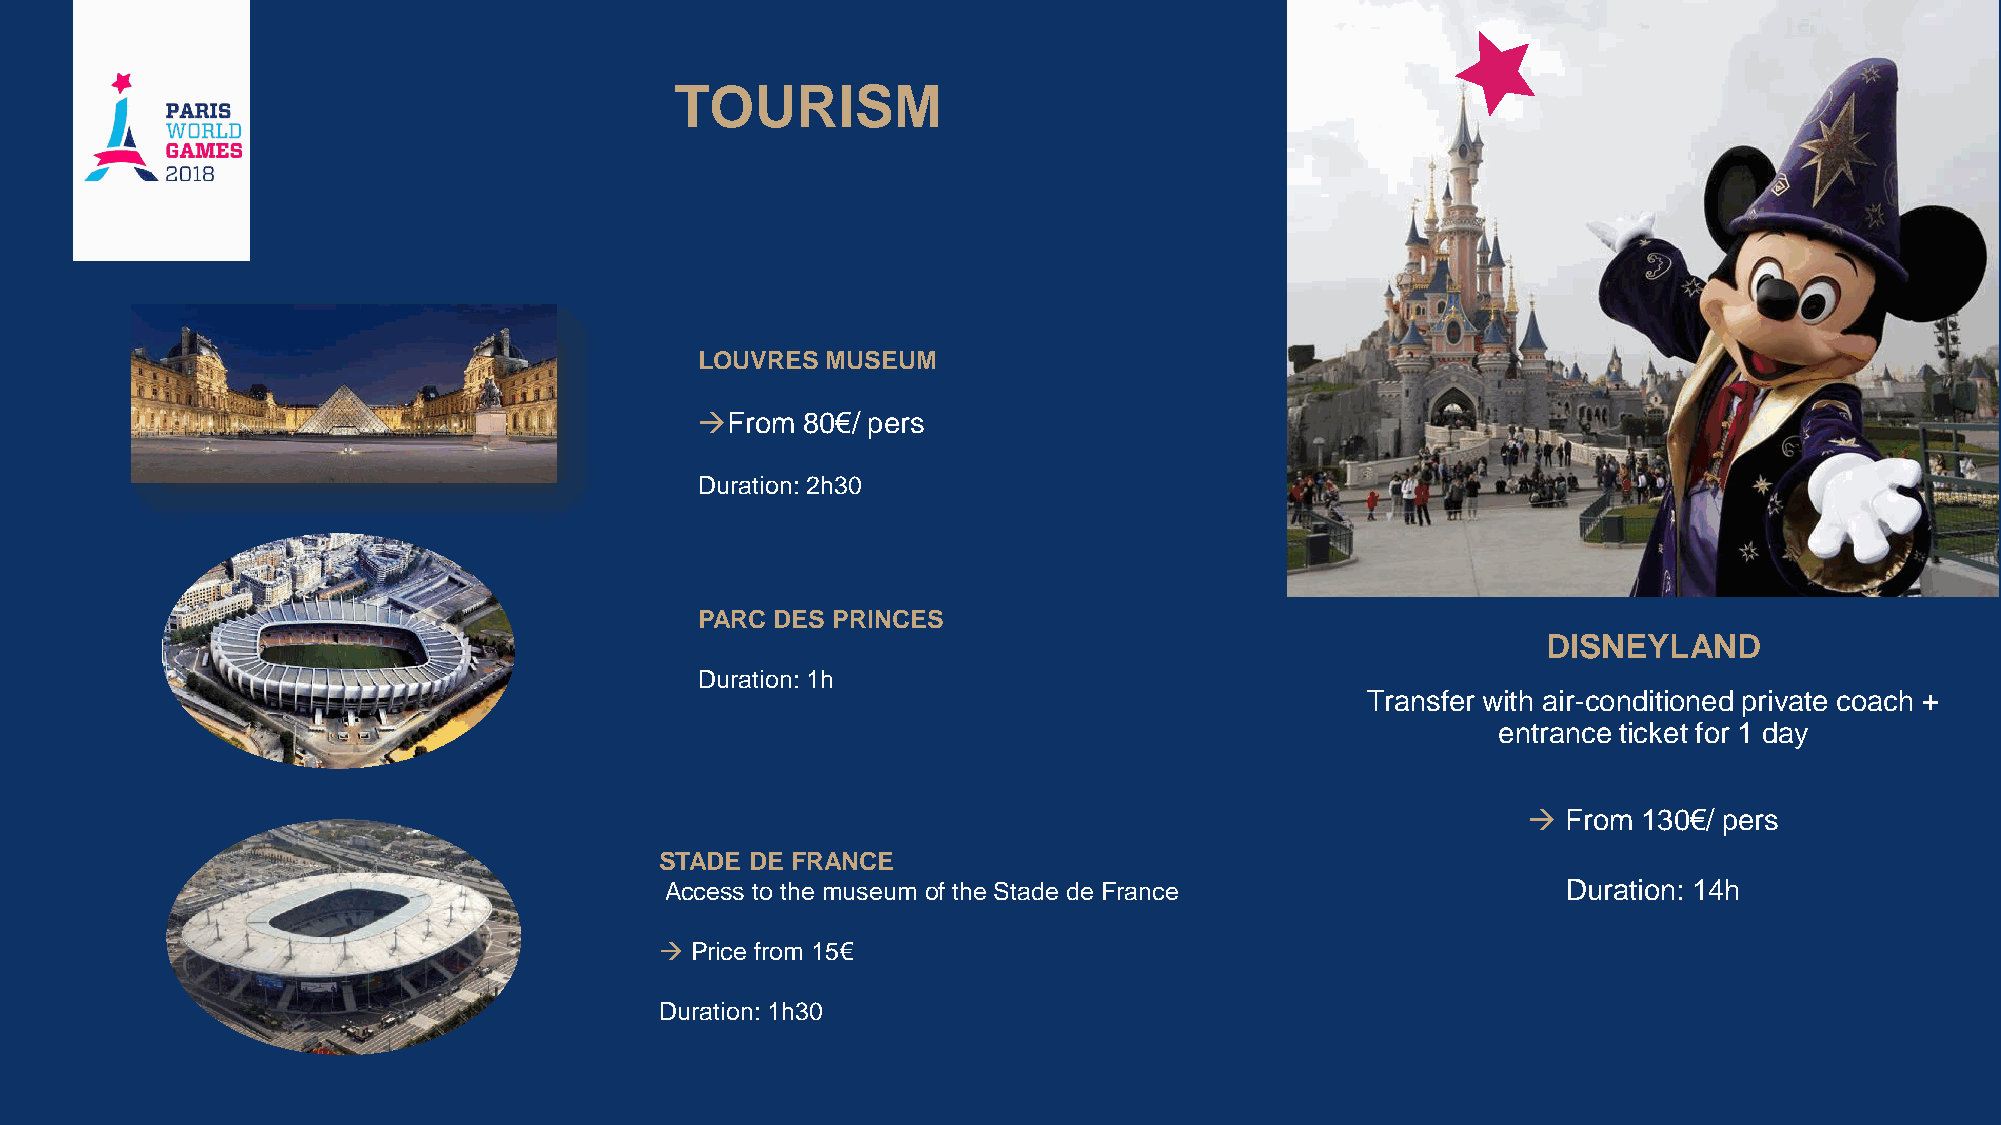
TOURISM
 LOUVRES  MUSEUM
 From  80€/ pers
 Duration: 2h30
 PARC DES PRINCES
 DISNEYLAND
 Duration: 1h
 Transfer with air-conditioned private coach +
 entrance ticket for 1 day
   From 130€/ pers
 STADE DE FRANCE
 Access to the museum of the Stade de France                 Duration: 14h
  Price from 15€
 Duration: 1h30